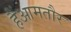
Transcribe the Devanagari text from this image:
हैंआमतौर